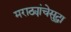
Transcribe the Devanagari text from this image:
मराठ्यांचेसुद्धा